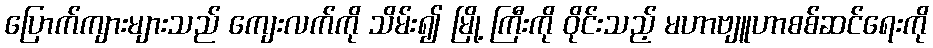
ပြောက်ကျားများသည် ကျေးလက်ကို သိမ်း၍ မြို့ ကြီးကို ဝိုင်းသည့် မဟာဗျူဟာစစ်ဆင်ရေးကို